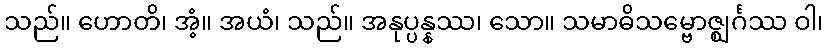
သည်။ ဟောတိ၊ အံ့။ အယံ၊ သည်။ အနုပ္ပန္နဿ၊ သော။ သမာဓိသမ္ဗောဇ္ဈင်္ဂဿ ဝါ၊